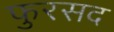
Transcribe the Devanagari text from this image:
फुरसद